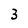
Character: 3